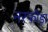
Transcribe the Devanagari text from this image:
नरफोड़ा